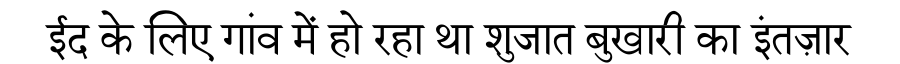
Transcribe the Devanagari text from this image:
ईद के लिए गांव में हो रहा था शुजात बुखारी का इंतज़ार